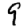
Digit: 9